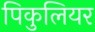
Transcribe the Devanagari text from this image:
पिकुलियर